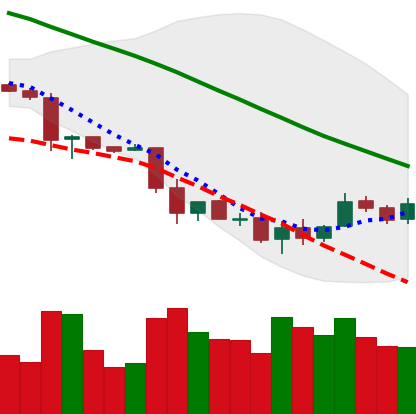
Ticker: LTC-USD
Chart end date: 2018-12-01
Forward return: -21.54%
Label: down_7plus